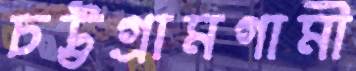
চট্টগ্রামগামী